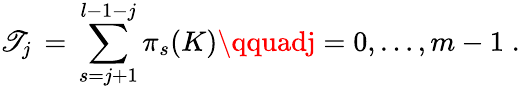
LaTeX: \mathscr{T}_{j}\, =\, \sum_{s=j+1}^{l-1-j}\pi_{s}(K)\qquadj=0,\ldots,m-1\; .